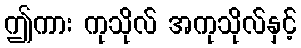
ဤကား ကုသိုလ် အကုသိုလ်နှင့်